Civil Veterinary Dept. Bombay admin report 1923-31 - 1923-1931
Year: 1923
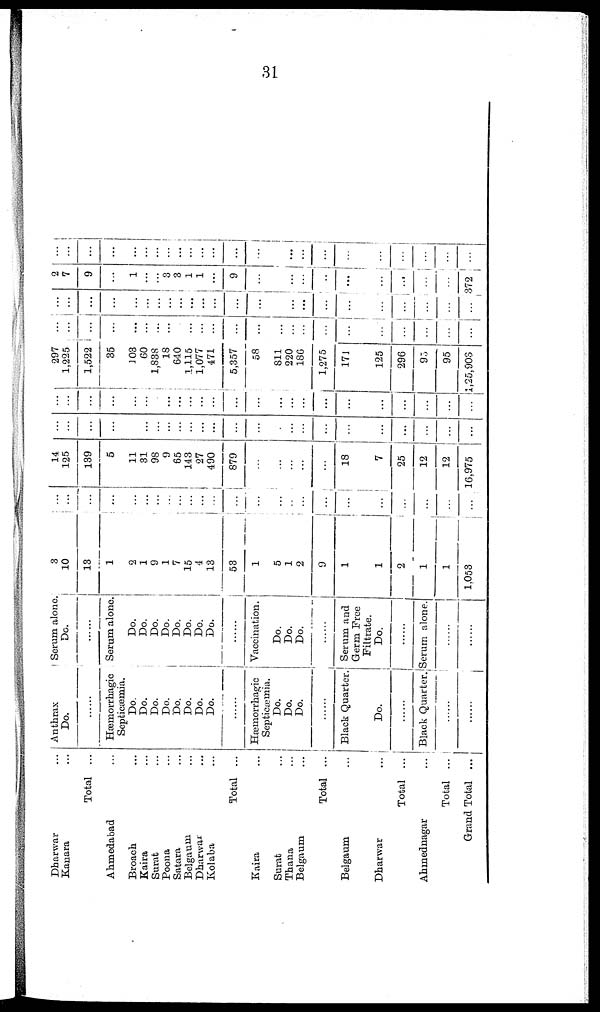
31
Dharwar ...
Kanara ...
Total
...
Ahmedabad ...
Broach ...
Kaira ...
Surat ...
Poona ...
Satara ...
Belgaum ...
Dharwar ...
Kolaba ...
Total ...
Kaira ...
Surat ...
Thana ...
Belgaum ...
Total ...
Belgaum ...
Dharwar
...
Total
...
Ahmednagar ...
Total
...
Grand Total
...
Anthrax
Do.
Hæmorrhagic
Septicæmia.
Do.
Do.
Do.
Do.
Do.
Do.
Do.
Do.
......
Hæmorrhagic
Septicæmia.
Do.
Do.
Do.
......
Black Quarter.
Do.
Black Quarter.
......
......
Serum alone
Do.
Serum alone.
Do.
Do.
Do.
Do.
Do.
Do.
Do.
Do.
......
Vaccination.
Do.
Do.
Do.
......
Serum and
Germ Free
Filtrate.
Do.
......
Serum alone.
......
......
3
10
13
1
2
1
9
1
7
15
4
13
53
1
5
1
2
9
1
1
2
1
1
1,053
...
...
...
...
...
...
...
...
...
...
...
...
...
...
...
...
...
...
...
...
...
...
...
...
...
14
125
139
5
11
31
98
9
65
143
27
490
879
...
...
...
...
...
18
7
25
12
12
16,975
...
...
...
...
...
...
...
...
...
...
...
...
...
...
...
...
...
...
...
...
...
...
...
...
...
...
...
...
...
...
...
...
...
...
...
...
...
...
...
...
...
...
...
...
...
...
...
...
...
297
1,225
1,522
35
103
60
1,838
18
640
1,115
1,077
471
5,357
58
811
220
186
1,275
171
125
296
95
95
1,25,903
...
...
...
...
...
...
...
...
...
...
...
...
...
...
...
...
...
...
...
...
...
...
...
...
...
...
...
...
...
...
...
...
...
...
...
...
...
...
...
...
...
...
...
...
...
...
...
...
2
7
9
...
1
...
...
3
3
1
1
...
9
...
...
...
...
...
...
...
...
...
...
372
...
...
...
...
...
...
...
...
...
...
...
...
...
...
...
...
...
...
...
...
...
...
...
...